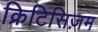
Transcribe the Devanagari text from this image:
क्रिटिसिज़म